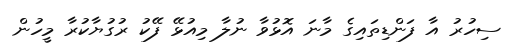
ސިހުރު އާ ފަންޑިތައިގެ މާނަ އޮޅުވާ ނުލާ މިއުޅޭ ފޭކު ރުގުޔާކުރާ މީހުން